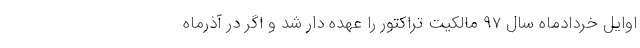
اوایل خردادماه سال 97 مالکیت تراکتور را عهده دار شد و اگر در آذرماه